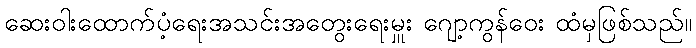
ဆေးဝါးထောက်ပံ့ရေးအသင်းအတွေးရေးမှူး ဂျော့ကွန်ဝေး ထံမှဖြစ်သည်။